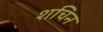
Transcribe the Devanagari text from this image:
शचिन